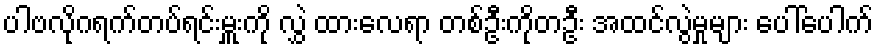
ပါဗလိုဂရက်တပ်ရင်းမှူးကို လွှဲ ထားလေရာ တစ်ဦးကိုတဦး အထင်လွဲမှုများ ပေါ်ပေါက်